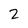
Character: 2